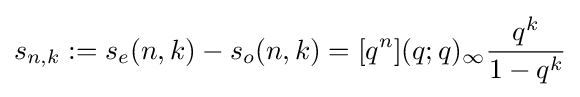
s_{n,k}:=s_{e}(n,k)-s_{o}(n,k)=[q^{n}](q;q)_{\infty }{\frac {q^{k}}{1-q^{k}}}